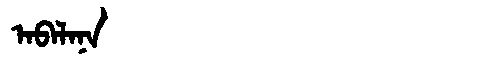
Manchu: ᠠᠪᠠᠯᠠᠨᠠ
Romanization: ABALANA